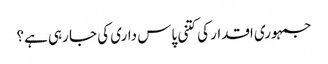
جمہوری اقدار کی کتنی پاس داری کی جا رہی ہے؟